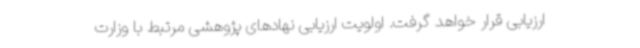
ارزیابی قرار خواهد گرفت. اولویت ارزیابی نهادهای پژوهشی مرتبط با وزارت